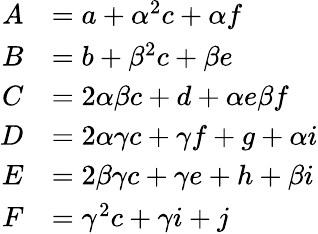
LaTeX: \begin{array}{rl}{A}&{=a+\alpha^{2}c+\alpha f}\\ {B}&{=b+\beta^{2}c+\beta e}\\ {C}&{=2\alpha\beta c+d+\alpha e\beta f}\\ {D}&{=2\alpha\gamma c+\gamma f+g+\alpha i}\\ {E}&{=2\beta\gamma c+\gamma e+h+\beta i}\\ {F}&{=\gamma^{2}c+\gamma i+j}\end{array}